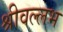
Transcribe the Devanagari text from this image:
श्रीवल्‍लभ